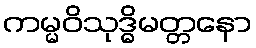
ကမ္မဝိသုဒ္ဓိမတ္တနော